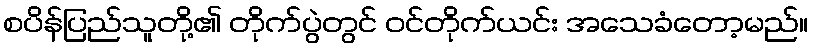
စပိန်ပြည်သူတို့၏ တိုက်ပွဲတွင် ဝင်တိုက်ယင်း အသေခံတော့မည်။